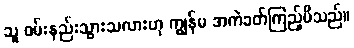
သူ ဝမ်းနည်းသွားသလားဟု ကျွန်မ အကဲခတ်ကြည့်မိသည်။